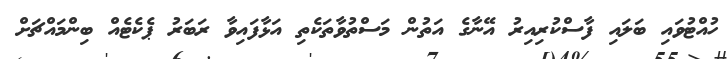
ހުއްޓުވައި ބަލައި ފާސްކުރިއިރު އޭނާގެ އަތުން މަސްތުވާތަކެތި އަޅާފައިވާ ރަބަރު ޕެކެޓެއް ބިންމައްޗަށް